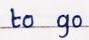
to go